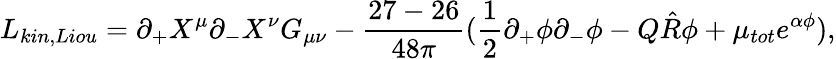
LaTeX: L_{kin,Liou}=\partial_{+}X^{\mu}\partial_{-}X^{\nu}G_{\mu\nu}-\frac{27-26}{48\pi}(\frac{1}{2}\partial_{+}\phi\partial_{-}\phi-Q\hat{R}\phi+\mu_{tot}e^{\alpha\phi}),